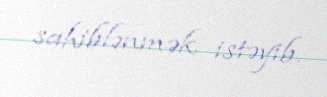
sahiblənmək istəyib.